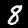
Digit: 8